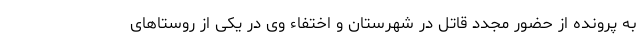
به پرونده از حضور مجدد قاتل در شهرستان و اختفاء وی در یکی از روستا‌های